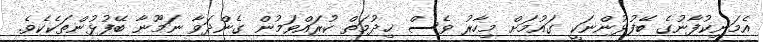
އެމަނިކުފާނުގެ ބޭފުޅުންނަކީ ގައުމަށް މިހާރު ވެސް ޚިދުމަތް ކުރައްވަމުން ގެންދަވާ ނަމޫނާ ބޭފުޅުންތަކެކެވެ.